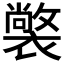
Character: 𧝟